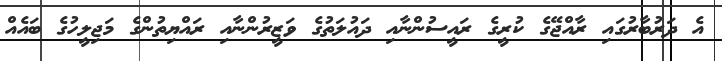
އެ ދަރުބާރުގައި ރާއްޖޭގެ ކުރީގެ ރައީސުންނާއި ދައުލަތުގެ ވަޒީރުންނާއި ރައްޔިތުންގެ މަޖިލީހުގެ ބައެއް